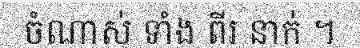
ចំណាស់ ទាំង ពីរ នាក់ ។